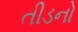
તીડનો